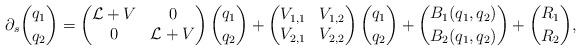
LaTeX: \begin{align*}\partial_s \binom{q_1}{q_2} = \left( \begin{matrix}\mathcal{L} + V & 0 \\ 0 & \mathcal{L} + V\end{matrix} \right) \binom{q_1}{q_2} + \left( \begin{matrix} V_{1,1} & V_{1,2} \\ V_{2,1 }& V_{2,2}\end{matrix} \right) \binom{q_1 }{q_2} + \binom{B_1(q_1, q_2)}{B_2(q_1,q_2)} + \binom{R_1 }{R_{2} },\end{align*}